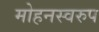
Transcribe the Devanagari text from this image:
मोहनस्वरुप